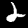
Label: 2